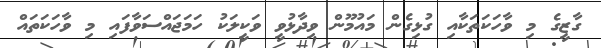
ގާޒީގެ މި ވާހަކަތަކާއި ގުޅިގެން މައުމޫން ވިދާޅުވީ ވަކީލަކު ހަމަޖައްސަވާފައި މި ވާހަކަތައް